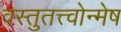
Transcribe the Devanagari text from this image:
वस्तुतत्त्वोन्मेष